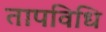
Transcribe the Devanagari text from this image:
तापविधि